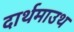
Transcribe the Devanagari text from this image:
दार्थमाउथ